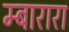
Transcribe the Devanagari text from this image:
म्बारारा